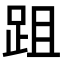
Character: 跙